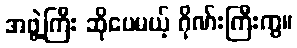
အဖွဲ့ကြီး ဆိုပေမယ့် ဂိုဏ်းကြီးကွ။